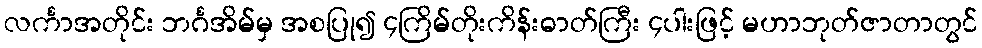
လင်္ကာအတိုင်း ဘင်္ဂအိမ်မှ အစပြု၍ ၄ကြိမ်တိုးကိန်းဓာတ်ကြီး ၄ပါးဖြင့် မဟာဘုတ်ဇာတာတွင်